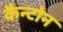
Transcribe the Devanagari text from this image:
कैन्टोन